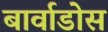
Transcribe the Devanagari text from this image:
बार्वाडोस